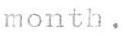
month.